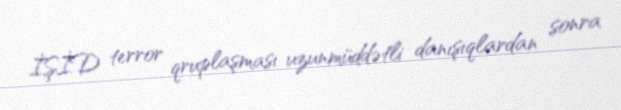
İŞİD terror qruplaşması uzunmüddətli danışıqlardan sonra